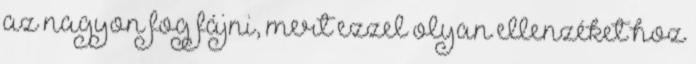
az nagyon fog fájni, mert ezzel olyan ellenzéket hoz